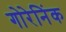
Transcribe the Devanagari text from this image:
गोरेनिंक